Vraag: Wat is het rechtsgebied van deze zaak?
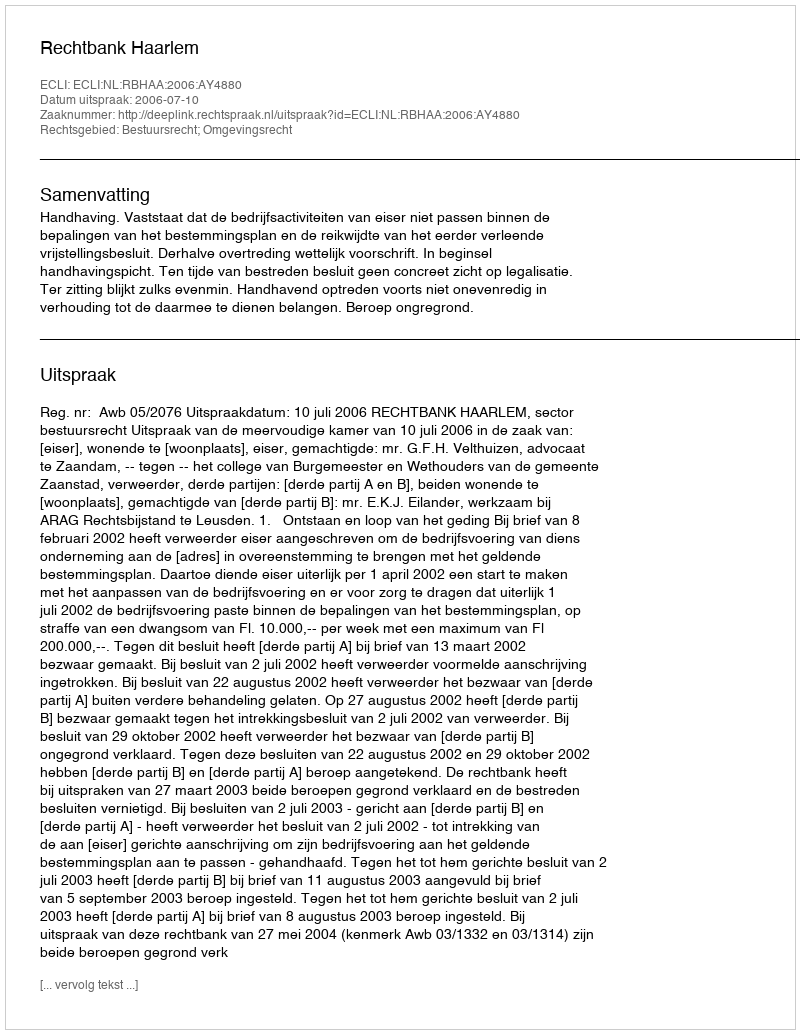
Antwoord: Bestuursrecht; Omgevingsrecht